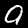
Label: 9